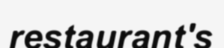
restaurant's